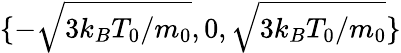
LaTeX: \{ -\sqrt{3k_{B}T_{0}/m_{0}},0,\sqrt{3k_{B}T_{0}/m_{0}}\}